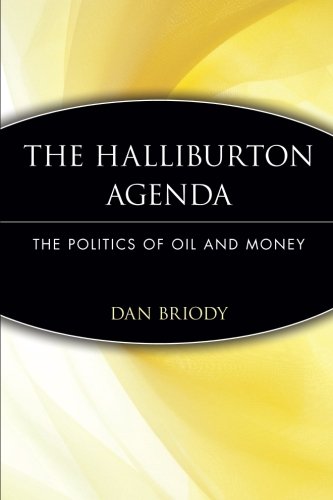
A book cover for The Halliburton Agenda: The Politics of Oil and Money; Dan Briody; Business & Money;